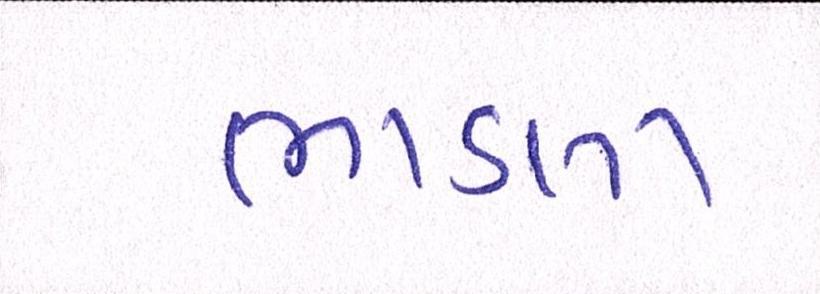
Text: ભાડલા